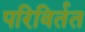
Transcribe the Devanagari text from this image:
परिविर्तत